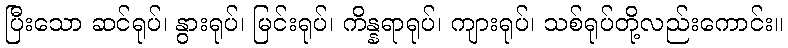
ပြီးသော ဆင်ရုပ်၊ နွားရုပ်၊ မြင်းရုပ်၊ ကိန္နရာရုပ်၊ ကျားရုပ်၊ သစ်ရုပ်တို့လည်းကောင်း။